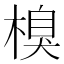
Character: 𣗬